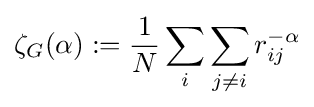
\zeta _{G}(\alpha ):={\frac {1}{N}}\sum _{i}\sum _{j\neq i}r_{ij}^{-\alpha }